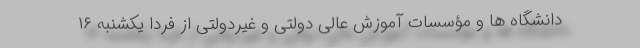
دانشگاه ها و مؤسسات آموزش عالی دولتی و غیردولتی از فردا یکشنبه ۱۶